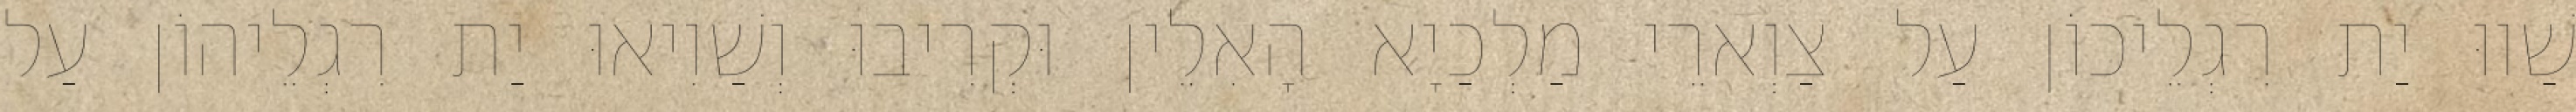
שַׁווּ יַת רִגְלֵיכוֹן עַל צַוְארֵי מַלְכַיָא הָאִלֵין וּקְרִיבוּ וְשַׁוִיאוּ יַת רִגְלֵיהוֹן עַל